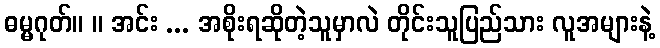
ဓမ္မဂုတ်။ ။ အင်း ... အစိုးရဆိုတဲ့သူမှာလဲ တိုင်းသူပြည်သား လူအများနဲ့